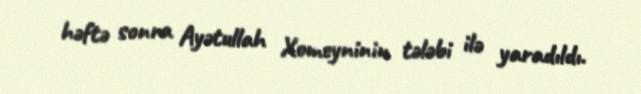
həftə sonra Ayətullah Xomeyninin tələbi ilə yaradıldı.